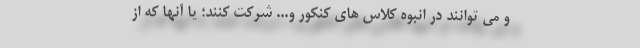
و می توانند در انبوه کلاس های کنکور و... شرکت کنند؛ یا آنها که از